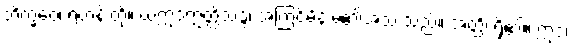
ဘိက္ခဝေ၊ ရဟန်းတို့။ ယံဣဒံဣတ္ထိသဒ္ဒံ၊ အကြင်မိန်းမ၏အသံ သည်။ အတ္ထိ၊ ရှိ၏။ ဣဒံ၊